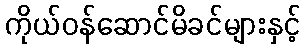
ကိုယ်ဝန်ဆောင်မိခင်များနှင့်